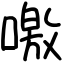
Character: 噭